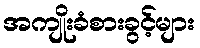
အကျိုးခံစားခွင့်များ